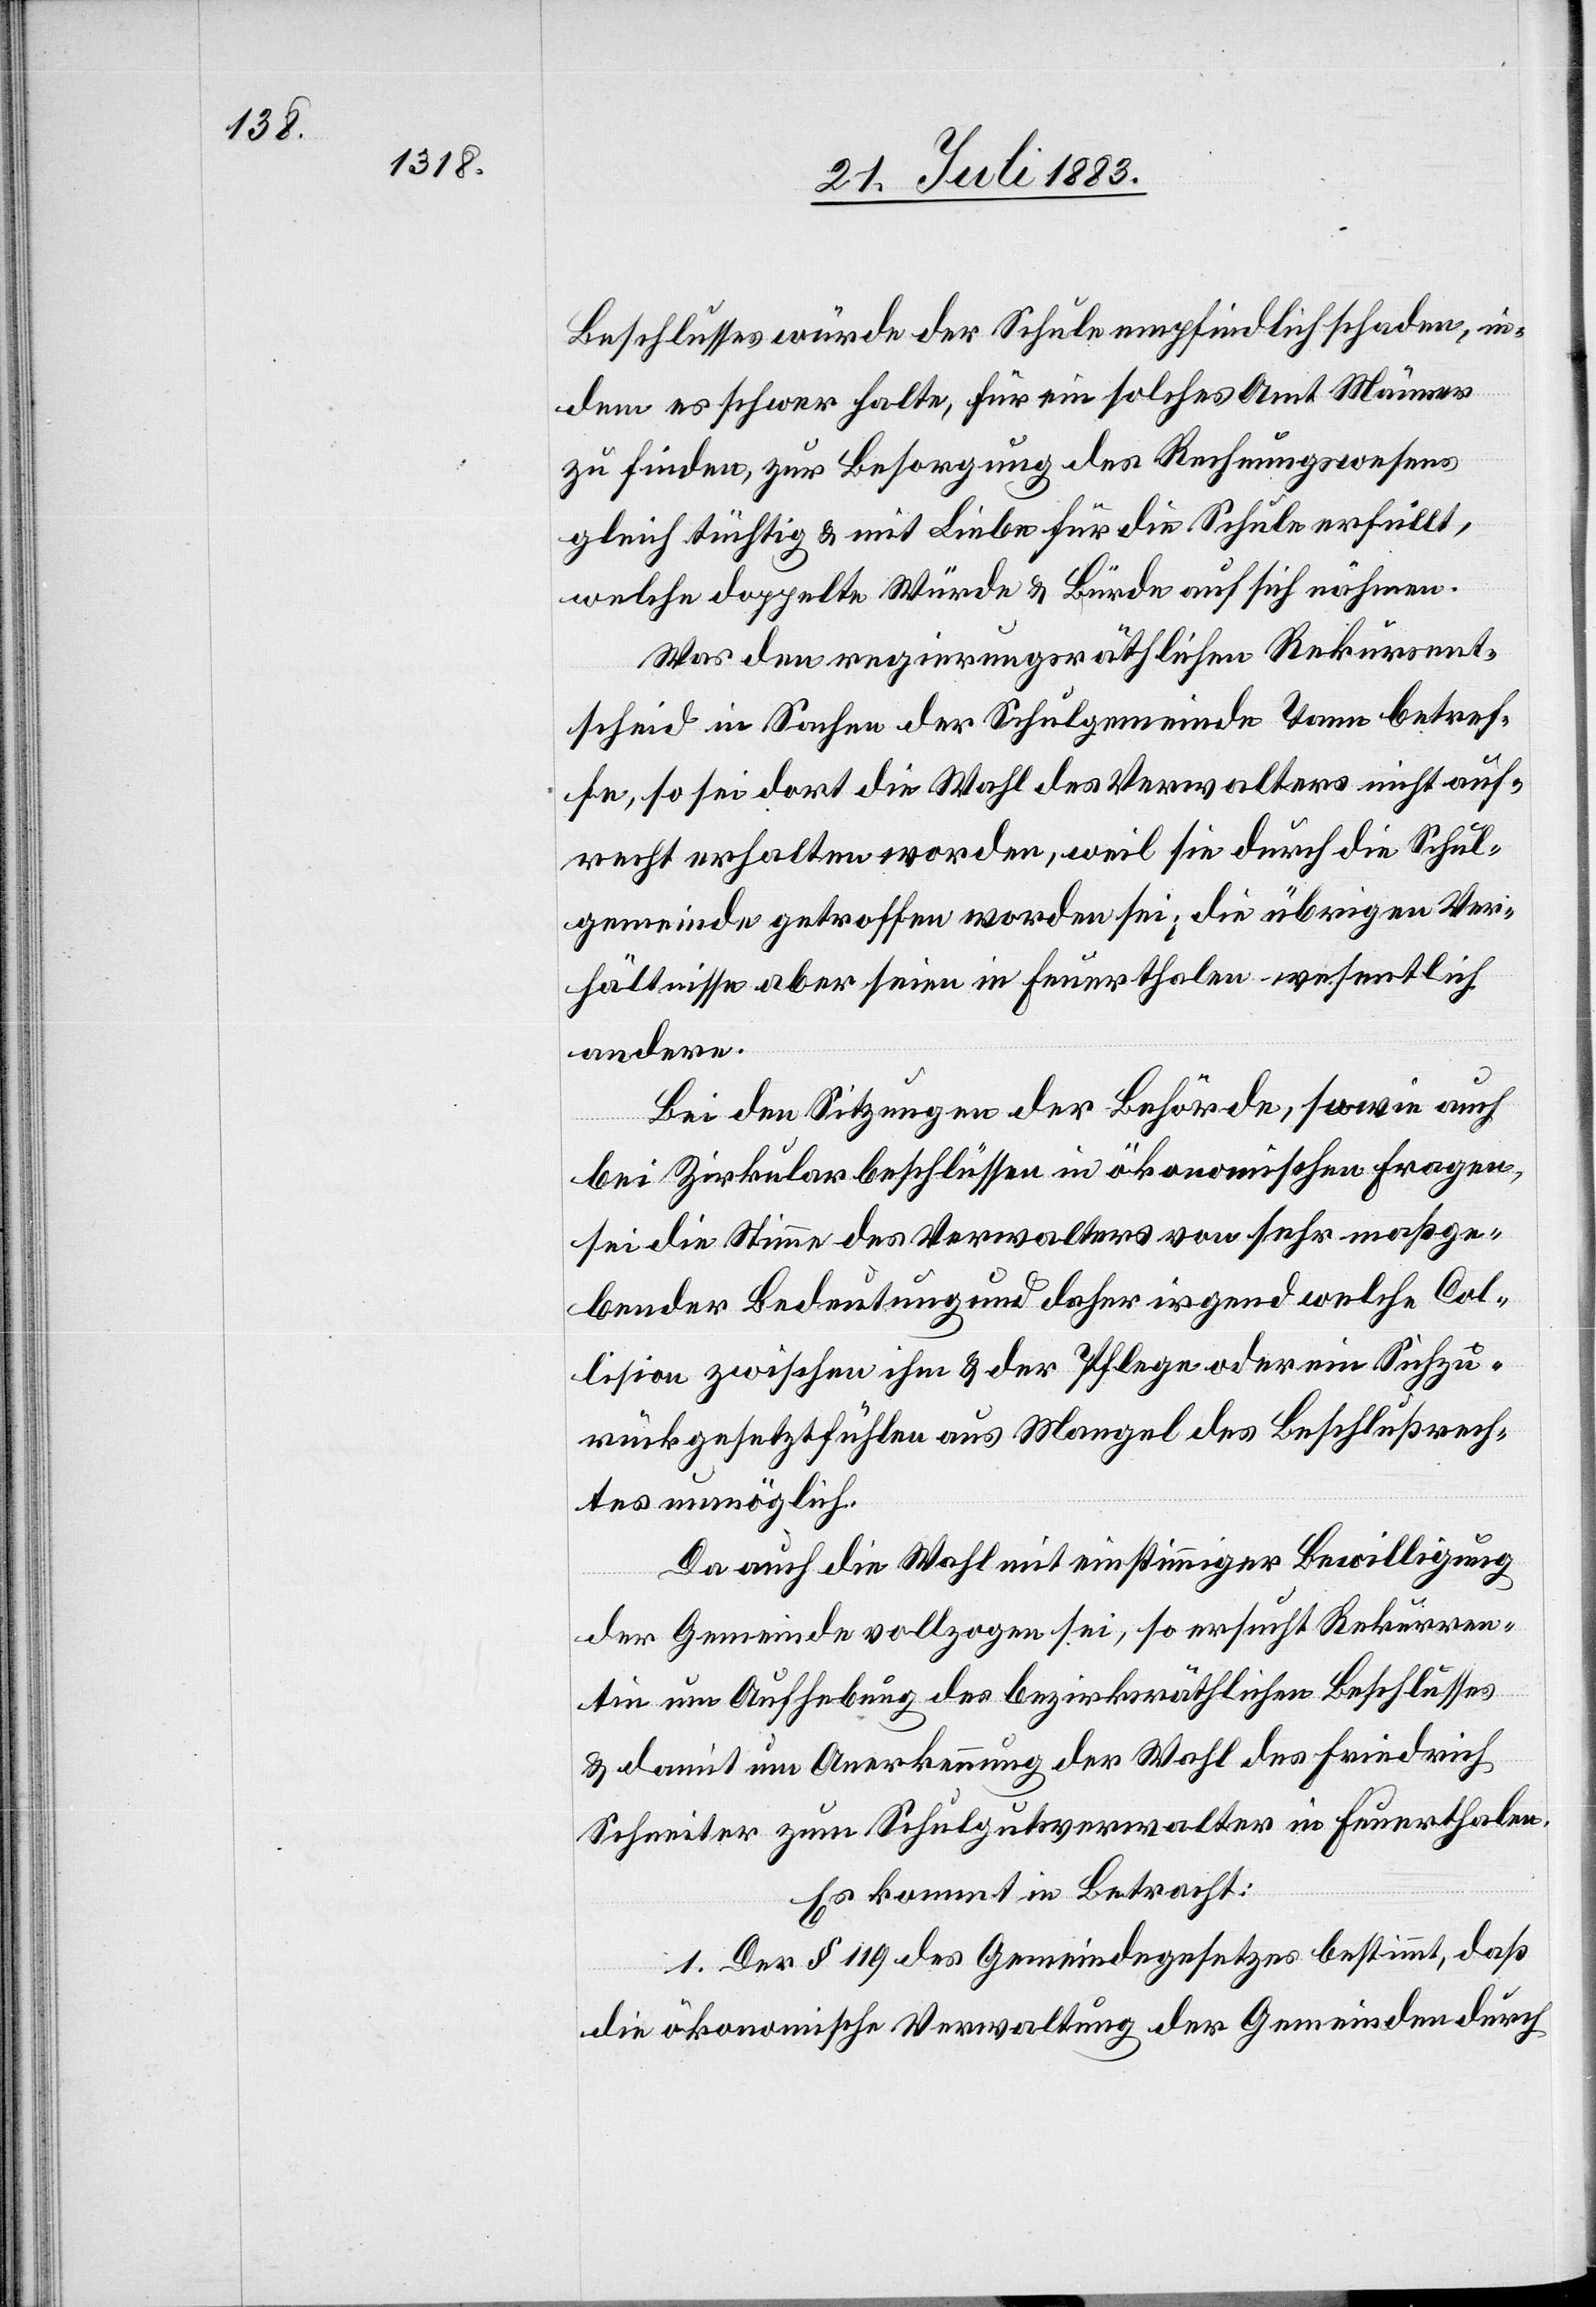
Beschlusses würde der Schule empfindlich Schaden, in¬
dem es schwer halte, für ein solches Amt Männer
zu finden, zur Besorgung des Rechnungswesens
gleich tüchtig & mit Liebe für die Schule erfüllt,
welche doppelte Würde & Bürde auf sich nähmen.
Was den regierungsräthlichen Rekursent¬
scheid in Sachen der Schulgemeinde Tann betref¬
fe, so sei dort die Wahl des Verwalters nicht auf¬
recht erhalten worden, weil sie durch die Schul¬
gemeinde getroffen worden sei; die übrigen Ver¬
hältnisse aber seien in Feuerthalen wesentlich
andere.
Bei den Sitzungen der Behörde, sowie auch
bei Zirkularbeschlüssen in ökonomischen Fragen,
sei die Stimme des Verwalters von sehr maßge¬
bender Bedeutung und daher irgend welche Col¬
lision zwischen ihm & der Pflege oder ein Sichzu¬
rückgesetztfühlen aus Mangel des Beschlußrech¬
tes unmöglich.
Da auch die Wahl mit einstimmiger Bewilligung
der Gemeinde vollzogen sei, so ersucht Rekurren¬
tin um Aufhebung des bezirksräthlichen Beschlusses
& damit um Anerkennung der Wahl des Friedrich
Schneiter zum Schulgutsverwalter in Feuerthalen.
Es kommt in Betracht:
1. Der § 119 des Gemeindegesetzes bestimmt, daß
die ökonomische Verwaltung der Gemeinden durch